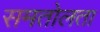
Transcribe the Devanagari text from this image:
समतोलता